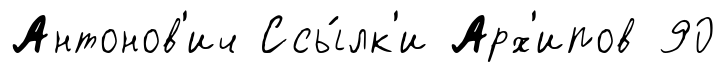
Антонов'ич Ссы́лк'и Арх'ипов 90